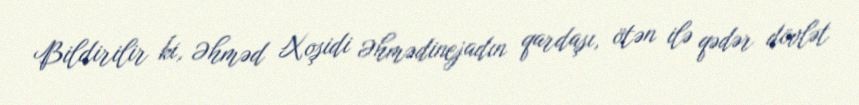
Bildirilir ki, Əhməd Xoşidi Əhmədinejadın qardaşı, ötən ilə qədər dövlət